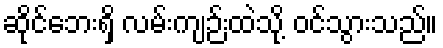
ဆိုင်ဘေးရှိ လမ်းကျဉ်းထဲသို့ ဝင်သွားသည်။